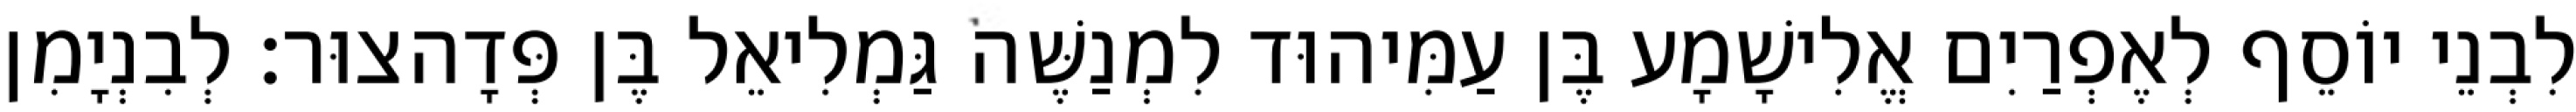
לִבְנֵי יוֹסֵף לְאֶפְרַיִם אֱלִישָׁמָע בֶּן עַמִּיהוּד לִמְנַשֶּׁה גַּמְלִיאֵל בֶּן פְּדָהצוּר׃ לְבִנְיָמִן